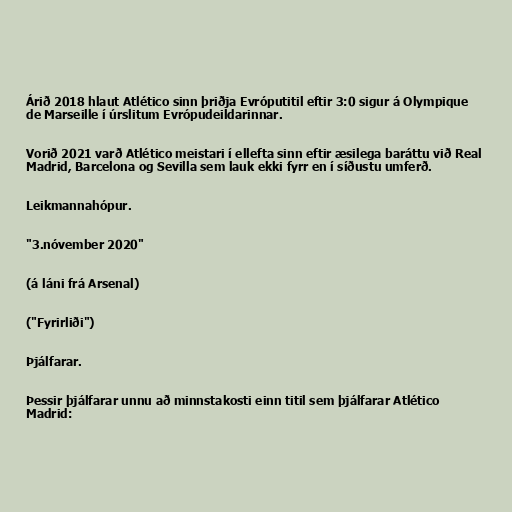
Árið 2018 hlaut Atlético sinn þriðja Evróputitil eftir 3:0 sigur á Olympique
de Marseille í úrslitum Evrópudeildarinnar.

Vorið 2021 varð Atlético meistari í ellefta sinn eftir æsilega baráttu við Real
Madrid, Barcelona og Sevilla sem lauk ekki fyrr en í síðustu umferð.

Leikmannahópur.

"3.nóvember 2020"

(á láni frá Arsenal)

("Fyrirliði")

Þjálfarar.

Þessir þjálfarar unnu að minnstakosti einn titil sem þjálfarar Atlético
Madrid: